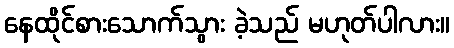
နေထိုင်စားသောက်သွား ခဲ့သည် မဟုတ်ပါလား။